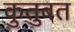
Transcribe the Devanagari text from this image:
कुतुबत